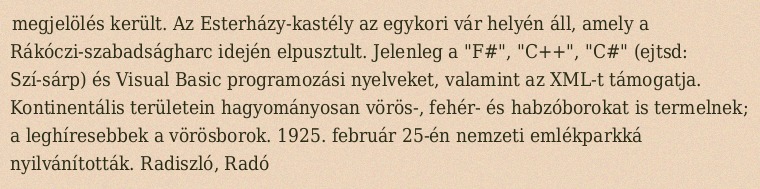
megjelölés került. Az Esterházy-kastély az egykori vár helyén áll, amely a Rákóczi-szabadságharc idején elpusztult. Jelenleg a "F#", "C++", "C#" (ejtsd: Szí-sárp) és Visual Basic programozási nyelveket, valamint az XML-t támogatja. Kontinentális területein hagyományosan vörös-, fehér- és habzóborokat is termelnek; a leghíresebbek a vörösborok. 1925. február 25-én nemzeti emlékparkká nyilvánították. Radiszló, Radó